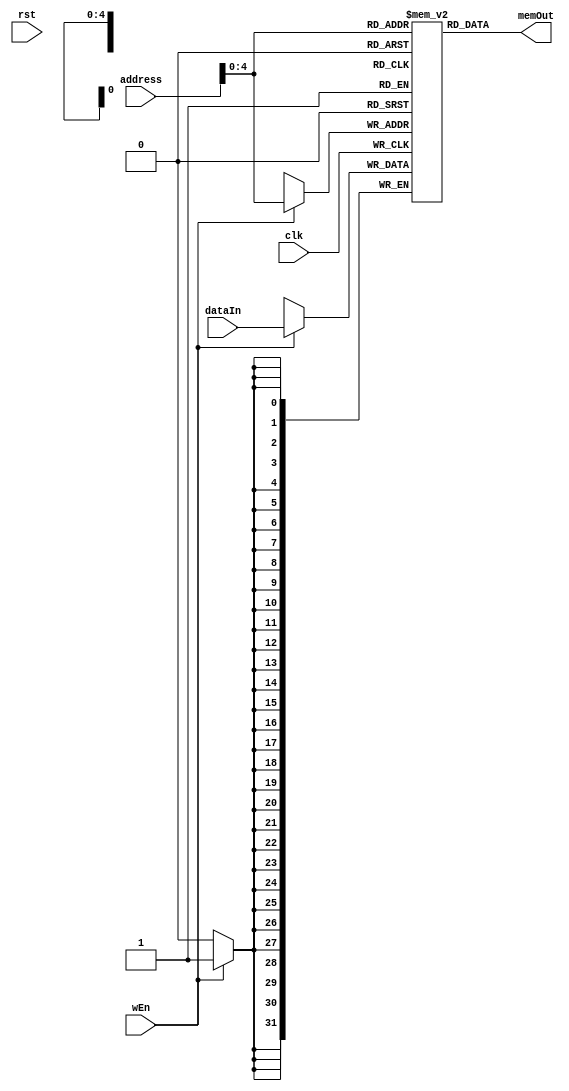

`timescale 1ns/1ns

module MEM (
// mem module used to model inst and data memory in a single unit
    input [31:0] address, dataIn,
    input clk,
    input rst,
    input wEn,
    output [31:0] memOut
);

reg [31 : 0] ram [31 : 0];
integer i;

initial begin
    ram[0] = 32'b00000000001000000000010100010011; // addi a0, zero, 2
    ram[1] = 32'h00150593; //93 05 15 00
    // ram[2] = 32'h00B50633; //33 06 B5 00 
  //  $monitor("mmmmmmm %d", ram[0]);
end
//sequential logic to model writing to memory
always @(posedge clk)
        if (wEn)
            ram[address] <= dataIn;
            
//combinational logic to read from memory
assign memOut = ram[address];

endmodule